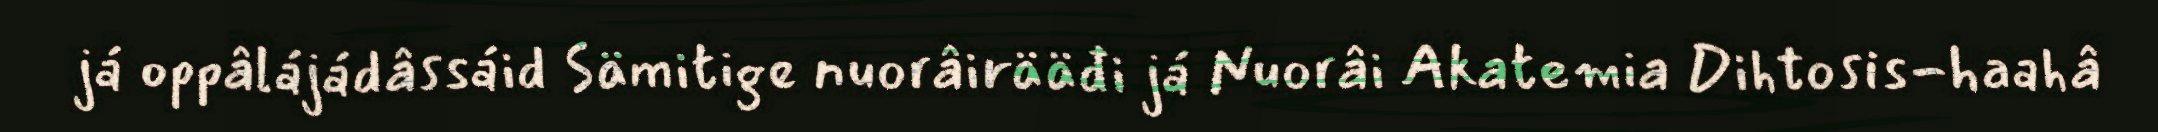
já oppâlájádâssáid Sämitige nuorâirääđi já Nuorâi Akatemia Dihtosis-haahâ